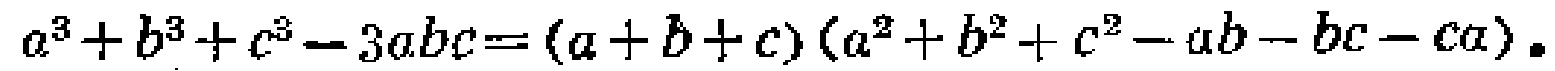
\(a^{3}+b^{3}+c^{3}-3abc=(a + b + c)(a^{2}+b^{2}+c^{2}-ab - bc - ca)\)